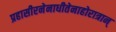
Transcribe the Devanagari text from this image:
प्रहासीरनेनाधीतेनाहोरात्रान्